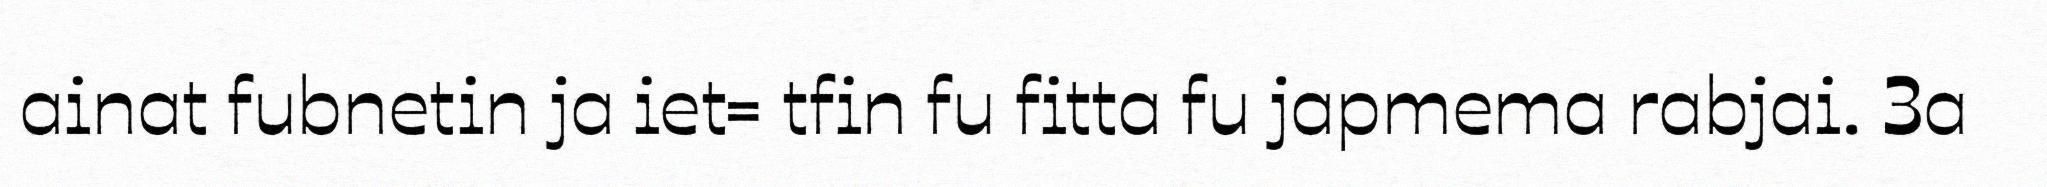
ainat fubnetin ja iet= tfin fu fitta fu japmema rabjai. 3a